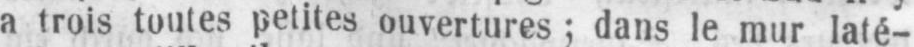
a trois toutes petites ouvertures; dans le mur laté-